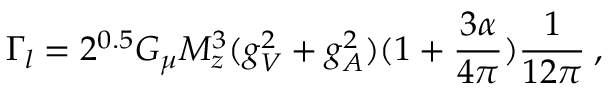
\Gamma _ { l } = 2 ^ { 0 . 5 } G _ { \mu } M _ { z } ^ { 3 } ( g _ { V } ^ { 2 } + g _ { A } ^ { 2 } ) ( 1 + \frac { 3 \alpha } { 4 \pi } ) \frac { 1 } { 1 2 \pi } \: ,